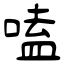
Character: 嗑